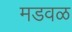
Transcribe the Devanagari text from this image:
मडवळ